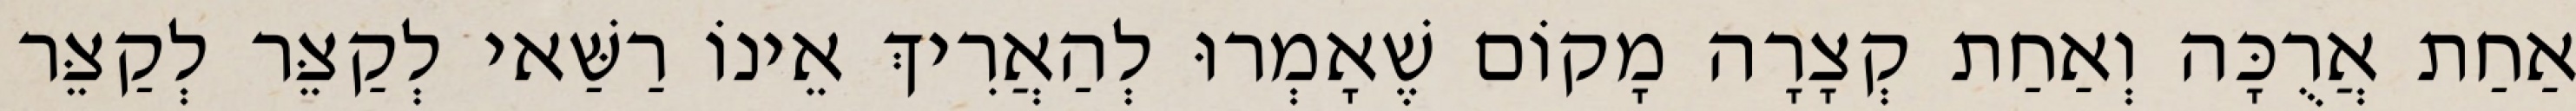
אַחַת אֲרֻכָּה וְאַחַת קְצָרָה מָקוֹם שֶׁאָמְרוּ לְהַאֲרִיךְ אֵינוֹ רַשַּׁאי לְקַצֵּר לְקַצֵּר